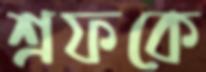
শ্রফকে